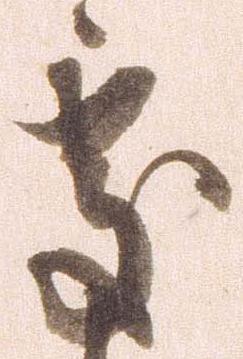
処